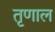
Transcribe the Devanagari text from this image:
तृणाल